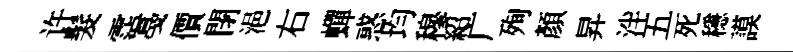
许髮霑戞價閉浥右蟬惑均穆紹广殉顏昇泮五死穩謨